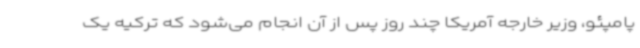
پامپئو، وزیر خارجه آمریکا چند روز پس از آن انجام می‌شود که ترکیه یک